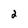
Character: 2